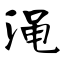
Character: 渑